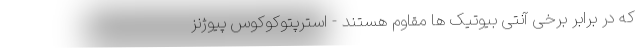
که در برابر برخی آنتی بیوتیک ها مقاوم هستند - استرپتوکوکوس پیوژنز